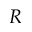
R